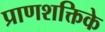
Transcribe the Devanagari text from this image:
प्राणशक्तिके